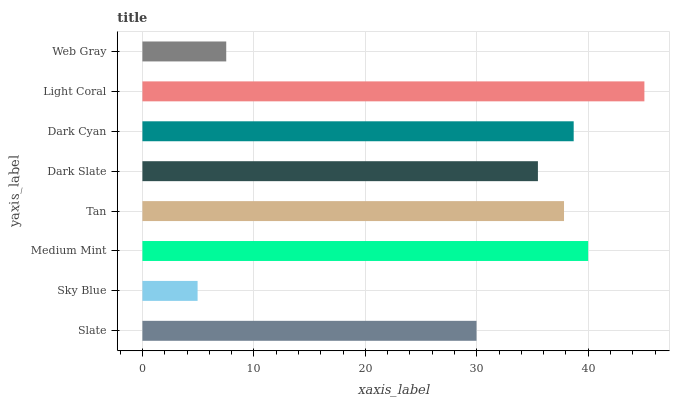
| yaxis_label | bars |
 | --- | --- |
 | Slate | 30 |
 | Sky Blue | 4.95 |
 | Medium Mint | 40 |
 | Tan | 37.8 |
 | Dark Slate | 35.5 |
 | Dark Cyan | 38.7 |
 | Light Coral | 45 |
 | Web Gray | 7.52 |